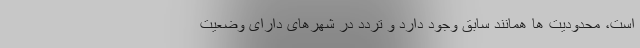
است، محدودیت ها همانند سابق وجود دارد و تردد در شهرهای دارای وضعیت